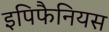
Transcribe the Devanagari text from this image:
इपिफैनियस